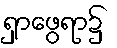
ရှာဖွေရာ၌